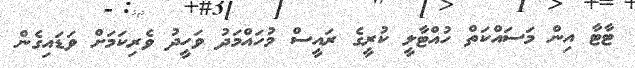
ޓާޓާ އިން މަސައްކަތް ހުއްޓާލީ ކުރީގެ ރައީސް މުހައްމަދު ވަހީދު ވެރިކަމަށް ވަޑައިގެން